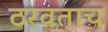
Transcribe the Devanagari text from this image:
ठरवताच